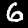
Digit: 6